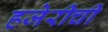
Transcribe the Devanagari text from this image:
हजेरीची